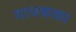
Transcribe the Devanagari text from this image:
गावकळा